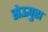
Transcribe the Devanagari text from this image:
सेऊपुरा